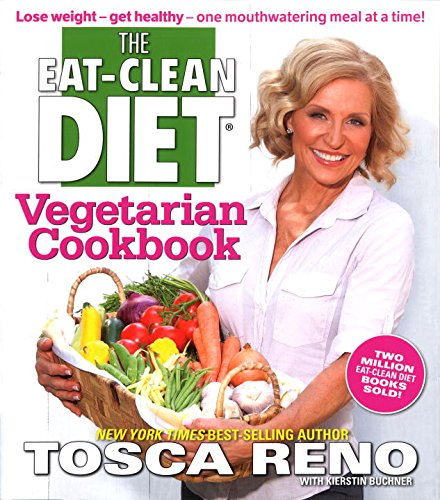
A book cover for The Eat-Clean Diet Vegetarian Cookbook: Lose weight - get healthy - one mouthwatering meal at a time!; Tosca Reno; Health, Fitness & Dieting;